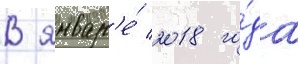
В январ'е́ 2018 го́да